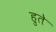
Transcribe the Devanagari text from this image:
हुते